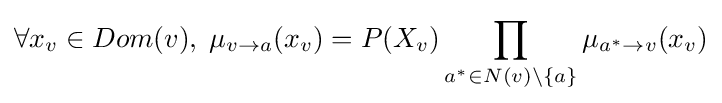
\forall x_{v}\in Dom(v),\;\mu _{v\to a}(x_{v})=P(X_{v})\prod _{a^{*}\in N(v)\setminus \{a\}}\mu _{a^{*}\to v}(x_{v})